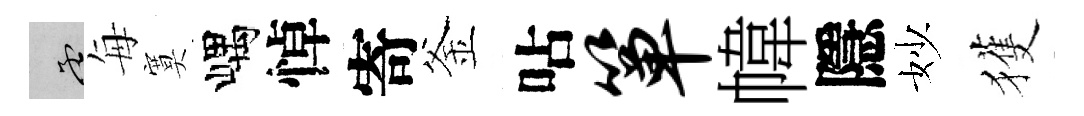
孟每寞嵎悼寄釜呫箪幃隱妙獲